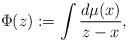
LaTeX: \begin{align*}\Phi(z):=\int\frac{d\mu(x)}{z-x},\end{align*}